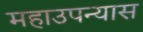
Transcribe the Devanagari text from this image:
महाउपन्यास